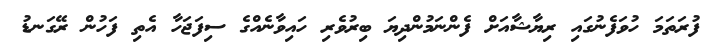
ފުރަތަމަ ހުވަފެނުގައި ރިޔާޝާއަށް ފެންނަމުންދިޔަ ބިރުވެރި ހައިވާނެއްގެ ސިފަޖަހާ އެތި ފަހުން ރޭގަނޑު